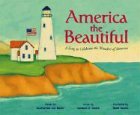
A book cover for America the Beautiful: A Song to Celebrate the Wonders of America (Patriotic Songs); Children's Books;